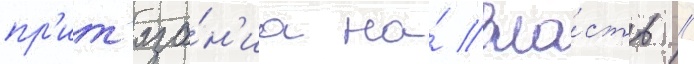
пр'ит'яза́н'иа на́ вла́сть //